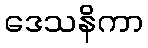
ဒေသနိကာ